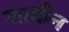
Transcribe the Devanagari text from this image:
साबीन